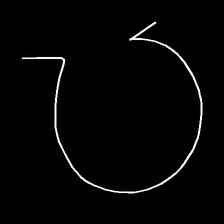
Glyph: weave